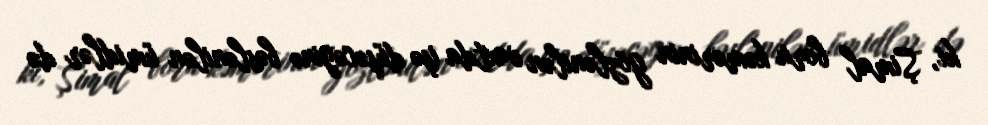
ki, Şimal boru kəmərinin gözlənilən vaxtda işə düşəcəyinə bəslənilən ümidlər də